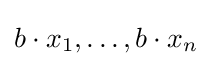
b\cdot x_{1},\dots ,b\cdot x_{n}